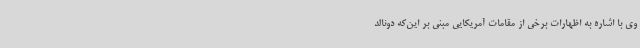
وی با اشاره به اظهارات برخی از مقامات آمریکایی مبنی بر این‌که دونالد